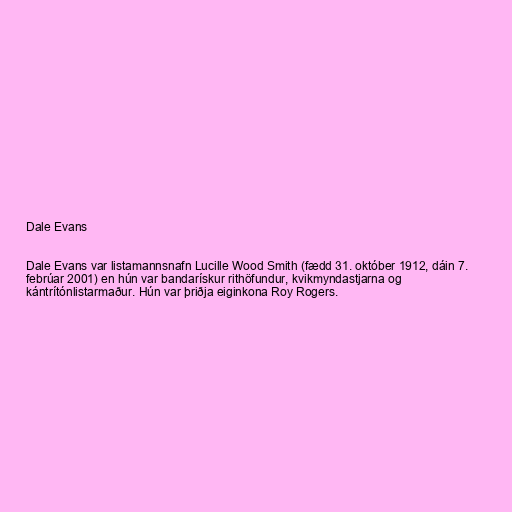
Dale Evans

Dale Evans var listamannsnafn Lucille Wood Smith (fædd 31. október 1912, dáin 7.
febrúar 2001) en hún var bandarískur rithöfundur, kvikmyndastjarna og
kántrítónlistarmaður. Hún var þriðja eiginkona Roy Rogers.